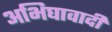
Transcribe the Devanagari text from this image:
अभिघावादी